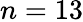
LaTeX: n=13